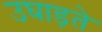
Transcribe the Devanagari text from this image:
उघाड़ते